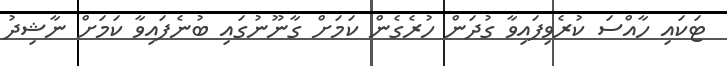
ޓަަކައި ހާއްސަ ކުރެވިފައިވާ ގުދަން ހުރެގެން ކަމަށް ގާނޫނުގައި ބުނެފައިވާ ކަމަށް ނާޝިދު